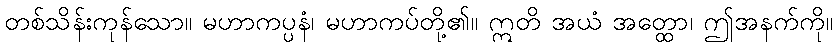
တစ်သိန်းကုန်သော။ မဟာကပ္ပနံ၊ မဟာကပ်တို့၏။ ဣတိ အယံ အတ္ထော၊ ဤအနက်ကို။